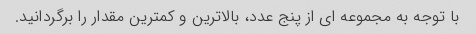
با توجه به مجموعه ای از پنج عدد، بالاترین و کمترین مقدار را برگردانید.